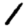
Digit: 1